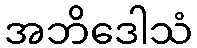
အဘိဒေါသံ